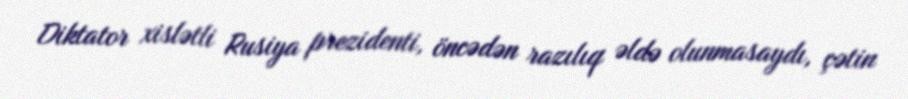
Diktator xislətli Rusiya prezidenti, öncədən razılıq əldə olunmasaydı, çətin